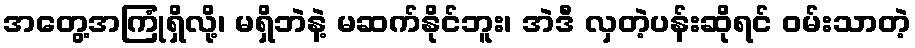
အတွေ့အကြုံရှိလို့၊ မရှိဘဲနဲ့ မဆက်နိုင်ဘူး၊ အဲဒီ လှတဲ့ပန်းဆိုရင် ဝမ်းသာတဲ့